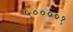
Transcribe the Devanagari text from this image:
५००००१